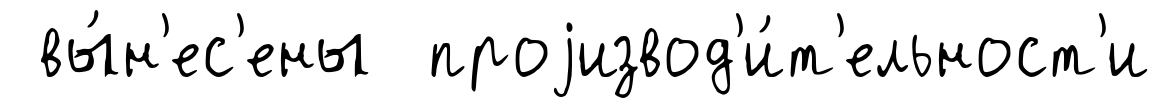
вы́н'ес'ены проjизвод'и́т'ельност'и